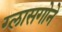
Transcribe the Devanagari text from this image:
ग्लासगोने